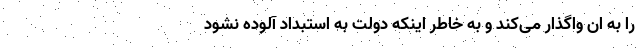
را به ان واگذار می‌کند و به خاطر اینکه دولت به استبداد آلوده نشود